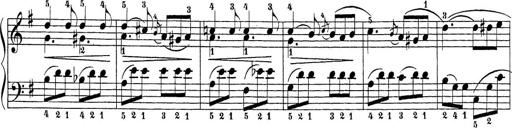
Title: Sonatina Album
Composer: Louis KÃ¶hler